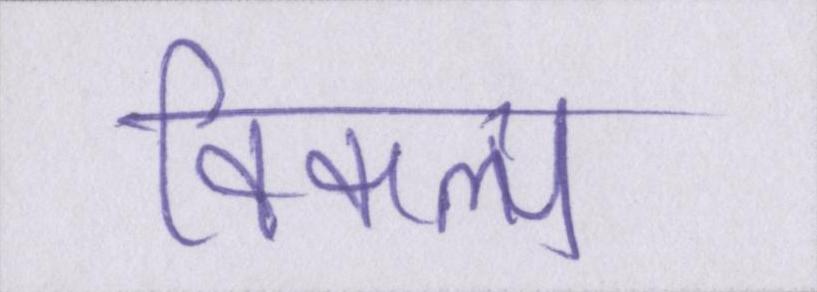
विकल्प